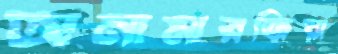
অনামারজিয়া